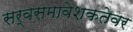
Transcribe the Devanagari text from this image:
सर्वसमावेशकतेवर